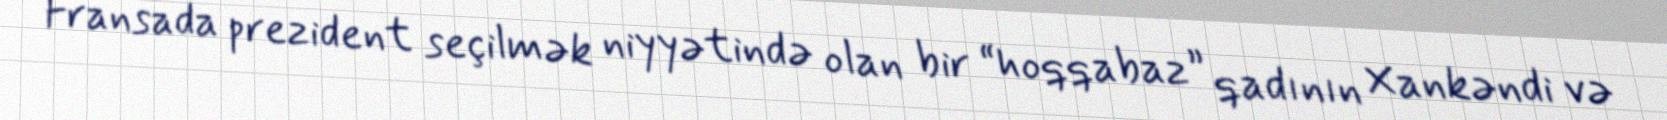
Fransada prezident seçilmək niyyətində olan bir “hoqqabaz” qadının Xankəndi və